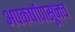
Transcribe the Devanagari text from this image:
अपकर्षापासूनच